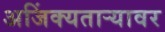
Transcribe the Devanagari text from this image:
अजिंक्यतार्‍यावर